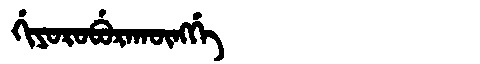
Manchu: ᡤᡳᠶᠣᡵᠣᠪᡠᡵᠠᡴᡡᠩᡤᡝ
Romanization: GIYOROBURAKŪNGGE